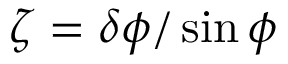
\zeta = \delta \phi / \sin \phi